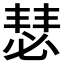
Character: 𪬇